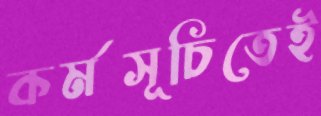
কর্মসূচিতেই